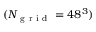
( N _ { \mathrm { ~ g ~ r ~ i ~ d ~ } } = 4 8 ^ { 3 } )